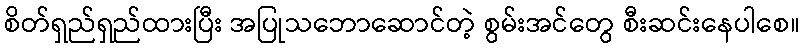
စိတ်ရှည်ရှည်ထားပြီး အပြုသဘောဆောင်တဲ့ စွမ်းအင်တွေ စီးဆင်းနေပါစေ။